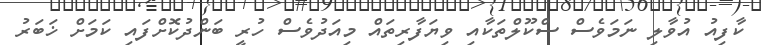
ކާފިއު އުވާލި ނަމަވެސް ސްކޫލްތަކާއި ވިޔަފާރިތައް މިއަދުވެސް ހުރީ ބަންދުކޮށްފައި ކަމަށް ޚަބަރު